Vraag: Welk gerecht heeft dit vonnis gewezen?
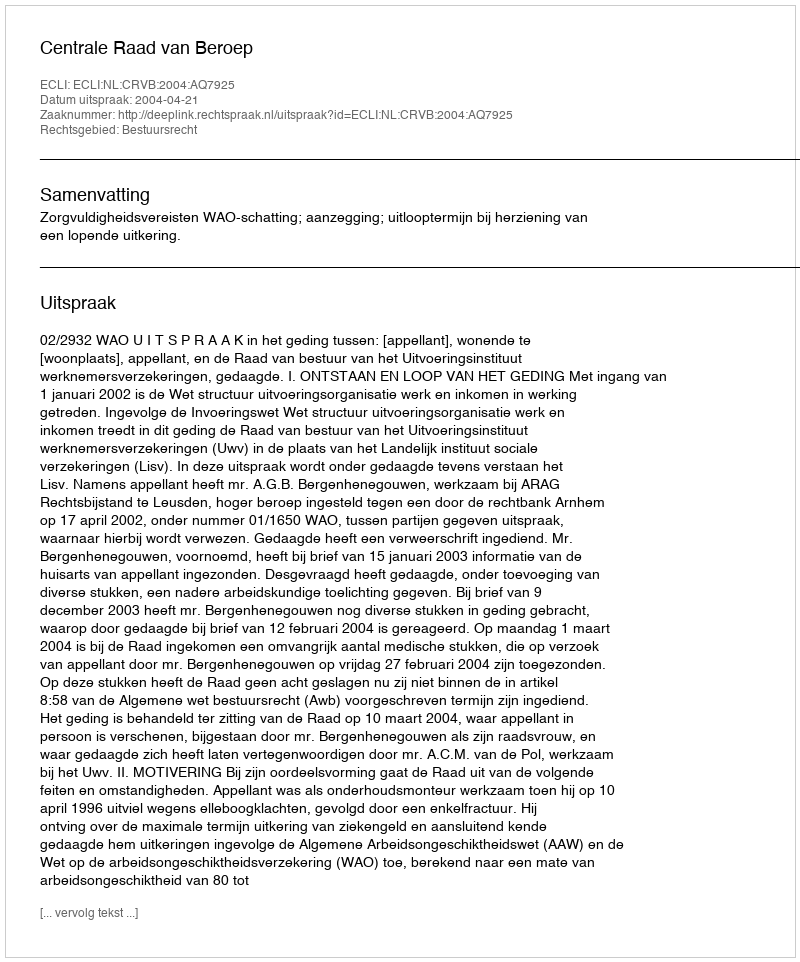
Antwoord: Centrale Raad van Beroep